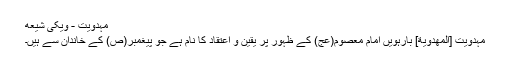
مہدویت - ويکی شيعه
مہدویت [المهدوية] بارہویں امام معصوم(عج) کے ظہور پر یقین و اعتقاد کا نام ہے جو پیغمبر(ص) کے خاندان سے ہیں۔